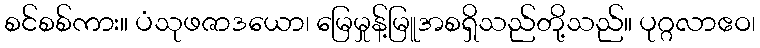
စင်စစ်ကား။ ပံသုဖဇာဒယော၊ မြေမှုန့်မြူအစရှိသည်တို့သည်။ ပုဂ္ဂလာဧဝ၊